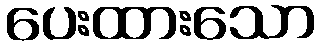
ပေးထားသော